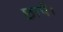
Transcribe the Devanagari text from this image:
छापें।